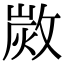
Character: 𢾡